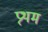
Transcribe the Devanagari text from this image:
प्र्थम